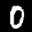
Label: 0